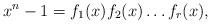
LaTeX: \begin{align*}x^n-1=f_1(x)f_2(x)\ldots f_r(x),\end{align*}